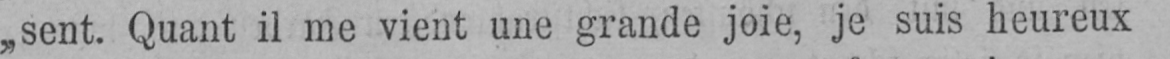
„sent. Quant il me vient une grande joie, je suis heureux